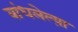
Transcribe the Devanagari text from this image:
बांधलेल्य़ा